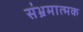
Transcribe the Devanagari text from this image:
संभ्रमात्मक